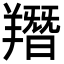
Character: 䍼